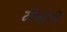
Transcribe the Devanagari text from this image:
टीबीसी